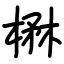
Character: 楙